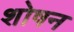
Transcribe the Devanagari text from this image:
शोषन